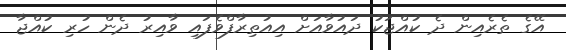
އޭގެ ތެރެއިން ދެ ކުއްޖަކު ދައުވާއަށް އިއުތިރާފްވެފައި ވާއިރު ދެން ހުރި ކުއްޖާ